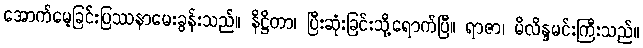
အောက်မေ့ခြင်းပြဿနာမေးခွန်းသည်။ နိဋ္ဌိတာ၊ ပြီးဆုံးခြင်းသို့ရောက်ပြီ။ ရာဇာ၊ မိလိန္ဒမင်းကြီးသည်။